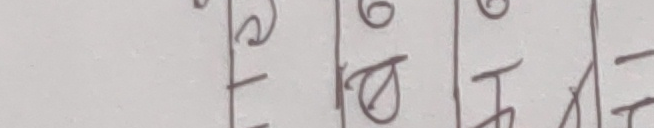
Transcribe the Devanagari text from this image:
२ढ७१घध१८पठत